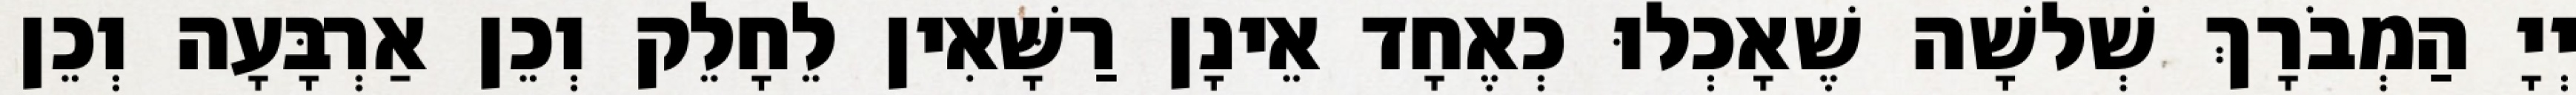
יְיָ הַמְבֹרָךְ שְׁלשָׁה שֶׁאָכְלוּ כְאֶחָד אֵינָן רַשָּׁאִין לֵחָלֵק וְכֵן אַרְבָּעָה וְכֵן